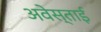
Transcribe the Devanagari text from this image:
अवेस्ताई